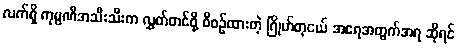
လက်ရှိ ကုမ္ပဏီအသီးသီးက လွှတ်တင်ဖို့ စီစဉ်ထားတဲ့ ဂြိုဟ်တုငယ် အရေအတွက်အရ ဆိုရင်